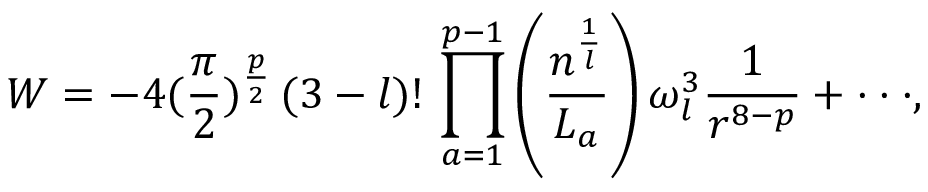
W = - 4 ( \frac { \pi } { 2 } ) ^ { \frac { p } { 2 } } \, ( 3 - l ) ! \, \prod _ { a = 1 } ^ { p - 1 } \left( \frac { n ^ { \frac { 1 } { l } } } { L _ { a } } \right) \omega _ { l } ^ { 3 } \frac 1 { r ^ { 8 - p } } + \cdot \cdot \cdot ,